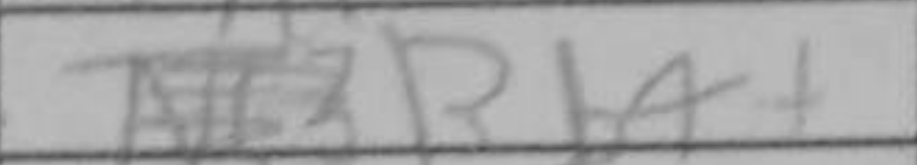
Transcription: Bb4+